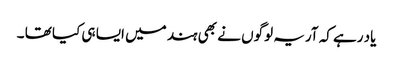
یاد رہے کہ آریہ لوگوں نے بھی ہند میں ایسا ہی کیا تھا ۔